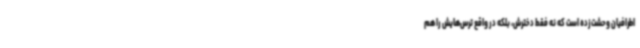
اطرافیان وحشت‌زده است که نه فقط دخترش، بلکه در واقع ترس‌هایش را هم